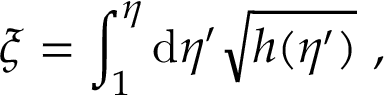
\xi = \int _ { 1 } ^ { \eta } \mathrm { d } \eta ^ { \prime } \sqrt { h ( \eta ^ { \prime } ) } ~ ,